Leprosy in India: report of the Leprosy Commission in India, 1890-91
Year: 1890
Disease focus: Leprosy
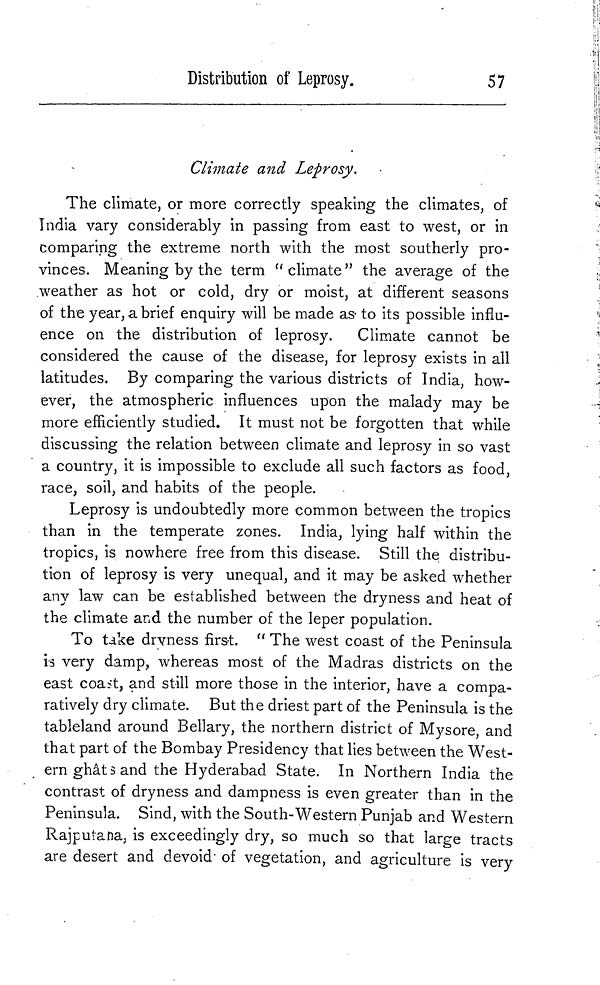
Distribution of Leprosy.
57
Climate and Leprosy.
The climate, or more correctly speaking the climates, of
India vary considerably in passing from east to west, or in
comparing the extreme north with the most southerly pro-
vinces. Meaning by the term " climate " the average of the
weather as hot or cold, dry or moist, at different seasons
of the year, a brief enquiry will be made as to its possible influ-
ence on the distribution of leprosy.
Climate cannot be
considered the cause of the disease, for leprosy exists in all
latitudes. By comparing the various districts of India, how-
ever, the atmospheric influences upon the malady may be
more efficiently studied. It must not be forgotten that while
discussing the relation between climate and leprosy in so vast
a country, it is impossible to exclude all such factors as food,
race, soil, and habits of the people.
Leprosy is undoubtedly more common between the tropics
than in the temperate zones. India, lying half within the
tropics, is nowhere free from this disease. Still the distribu-
tion of leprosy is very unequal, and it may be asked whether
any law can be established between the dryness and heat of
the climate and the number of the leper population.
To take dryness first. " The west coast of the Peninsula
is very damp, whereas most of the Madras districts on the
east coast, and still more those in the interior, have a compa-
ratively dry climate. But the driest part of the Peninsula is the
tableland around Bellary, the northern district of Mysore, and
that part of the Bombay Presidency that lies between the West-
ern ghâts and the Hyderabad State. In Northern India the
contrast of dryness and dampness is even greater than in the
Peninsula. Sind, with the South-Western Punjab and Western
Rajputana ; is exceedingly dry, so much so that large tracts
are desert and devoid' of vegetation, and agriculture is very